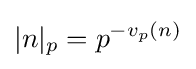
|n|_{p}=p^{-v_{p}(n)}